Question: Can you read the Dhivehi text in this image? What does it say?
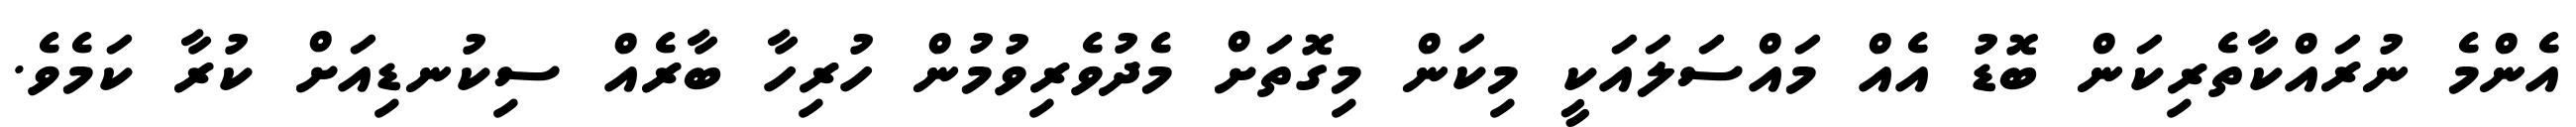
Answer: އެންމެ ނުރައްކާތެރިކަން ބޮޑު އެއް މައްސަލައަކީ މިކަން މިގޮތަށް މެދުވެރިވުމުން ހުރިހާ ބާރެއް ސިކުނޑިއަށް ކުރާ ކަމެވެ.